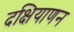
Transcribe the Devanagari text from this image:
दक्षियाणन